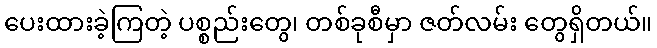
ပေးထားခဲ့ကြတဲ့ ပစ္စည်းတွေ၊ တစ်ခုစီမှာ ဇတ်လမ်း တွေရှိတယ်။